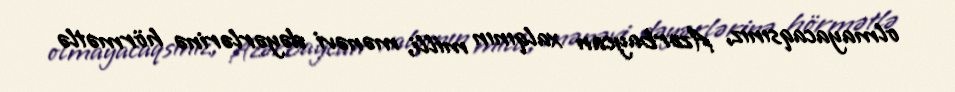
olmayacaqsınız, Azərbaycan xalqının milli, mənəvi dəyərlərinə hörmətlə